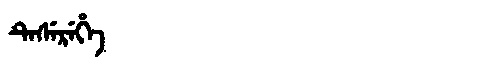
Manchu: ᡨᡝᠰᡝᡵᡝᡥᡝ
Romanization: TESEREHE